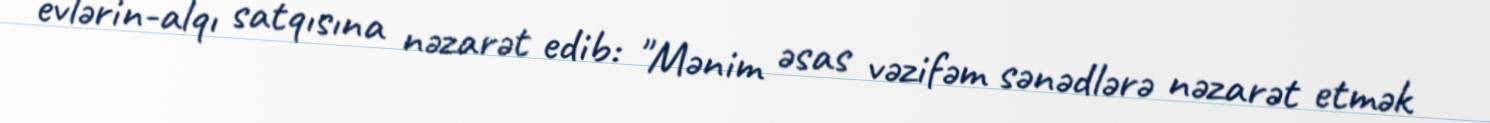
evlərin-alqı satqısına nəzarət edib: "Mənim əsas vəzifəm sənədlərə nəzarət etmək